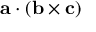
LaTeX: \mathbf { a } \cdot ( \mathbf { b } \times \mathbf { c } )